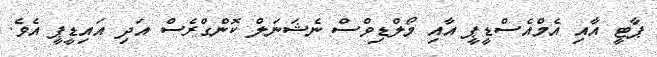
ޕާޓީ އާއި އެމްއެސްޑީޕީ އާއި މޯލްޑިވްސް ނެޝަނަލް ކޮންގްރެސް އަދި އައިޑީޕީ އެވެ.